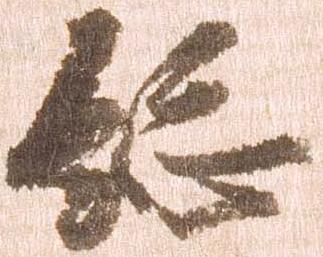
総